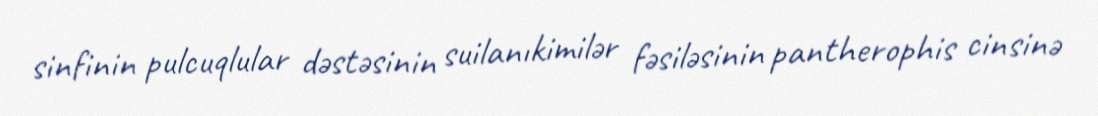
sinfinin pulcuqlular dəstəsinin suilanıkimilər fəsiləsinin pantherophis cinsinə